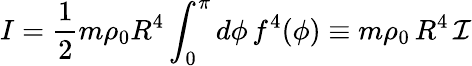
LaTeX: I=\frac{1}{2}m\rho_{0}R^{4}\int_{0}^{\pi}d\phi\, f^{4}(\phi)\equiv m\rho_{0}\, R^{4}\, {\cal I}